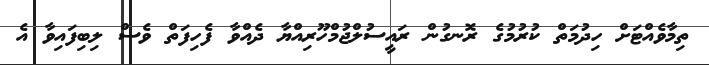
ތިމާވެއްޓަށް ހިދުމަތް ކުރުމުގެ ރޮނގުން ރައީސުލްޖުމްހޫރިއްޔާ ދެއްވާ ފެހިފަތް ވެސް ލިބިފައިވާ އެ